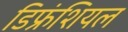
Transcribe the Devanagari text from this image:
डिफ्रंशियल